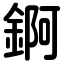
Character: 錒